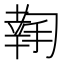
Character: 𢱬